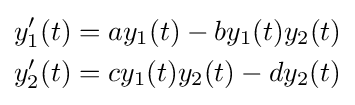
{\begin{aligned}y_{1}'(t)&=ay_{1}(t)-by_{1}(t)y_{2}(t)\\y_{2}'(t)&=cy_{1}(t)y_{2}(t)-dy_{2}(t)\end{aligned}}